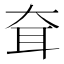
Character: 耷